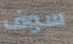
سوف